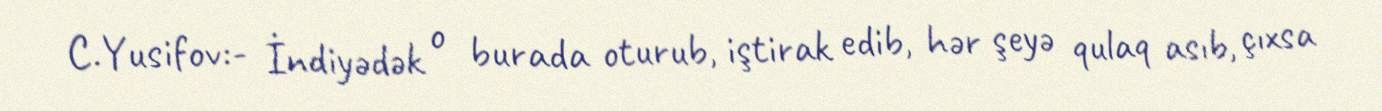
C.Yusifov:- İndiyədək o burada oturub, iştirak edib, hər şeyə qulaq asıb, çıxsa